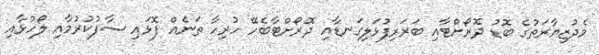
މެދުޒިޔާރަތުގެ ބޮޑު ދޮރޯށްޓާއި ބަރަރިފުޅަލިގަނޑާއި ދޮރޯށްޓާބެހޭ ހުރިހާ ތަނެއް ފޮޅައި ސާފުކުރުމާއި ލޯހުޅާއި